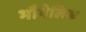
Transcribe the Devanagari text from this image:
भौगेलिक